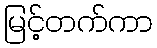
မြင့်တက်ကာ